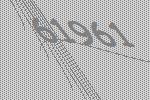
61961